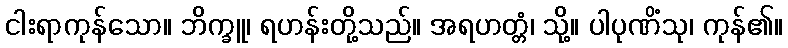
ငါးရာကုန်သော။ ဘိက္ခူ၊ ရဟန်းတို့သည်။ အရဟတ္တံ၊ သို့။ ပါပုဏိံသု၊ ကုန်၏။